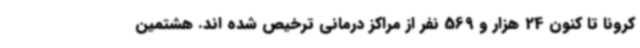
کرونا تا کنون 24 هزار و 569 نفر از مراکز درمانی ترخیص شده اند. هشتمین